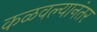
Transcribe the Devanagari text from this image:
कळवल्यानंतर